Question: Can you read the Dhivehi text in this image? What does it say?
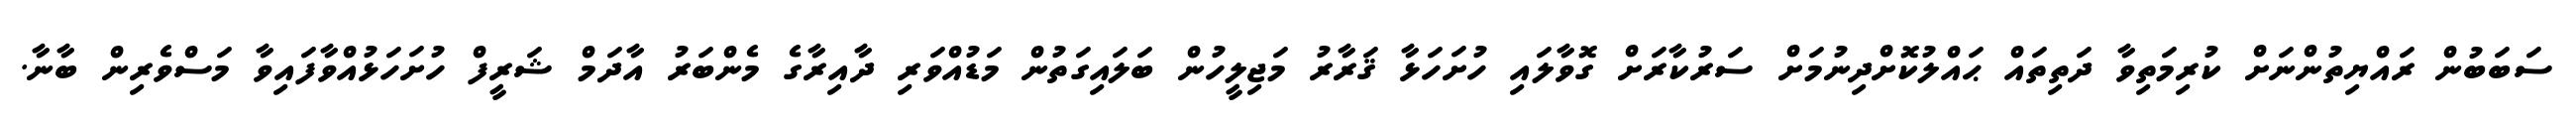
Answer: ސަބަބުން ރައްޔިތުންނަށް ކުރިމަތިވާ ދަތިތައް ޙައްލުކޮށްދިނުމަށް ސަރުކާރަށް ގޮވާލައި ހުށަހަޅާ ޤަރާރު މަޖިލީހުން ބަލައިގަތުން މަޑުއްވަރި ދާއިރާގެ މެންބަރު އާދަމް ޝަރީފް ހުށަހަޅުއްވާފައިވާ މަސްވެރިން ބާނާ.